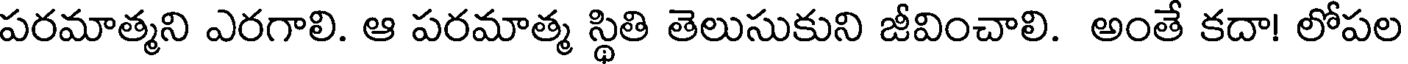
పరమాత్మని ఎరగాలి. ఆ పరమాత్మ స్థితి తెలుసుకుని జీవించాలి. అంతే కదా! లోపల